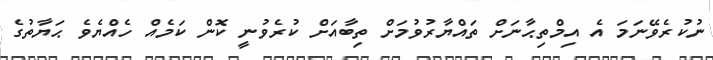
ނުކުރެވޭނަމަ އެ އިމްތިޙާނަށް ތައްޔާރުވުމަށް ތިބާއަށް ކުރެވުނީ ކޮން ކަމެއް ހެއްޔެވެ ޙަޔާތުގެ